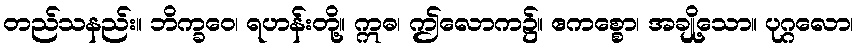
တည်သနည်း။ ဘိက္ခဝေ၊ ရဟန်းတို့။ ဣဓ၊ ဤလောက၌။ ဧကစ္စော၊ အချို့သော။ ပုဂ္ဂလော၊